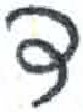
אות: ד